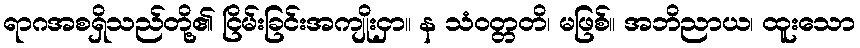
ရာဂအစရှိသည်တို့၏ ငြိမ်းခြင်းအကျိုးငှာ။ န သံဝတ္တတိ၊ မဖြစ်။ အဘိညာယ၊ ထူးသော